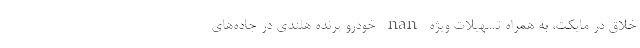
خلاق در مایکت، به همراه تسهیلات ویژه nan خودرو پرنده هلندی در جاده‌های